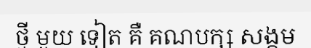
ថ្មី មួយ ទៀត គឺ គណបក្ស សង្គម